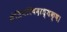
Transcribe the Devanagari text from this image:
मंत्रिपरिषदाध्यक्ष।